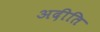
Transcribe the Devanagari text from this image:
अदीति